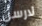
لارسن